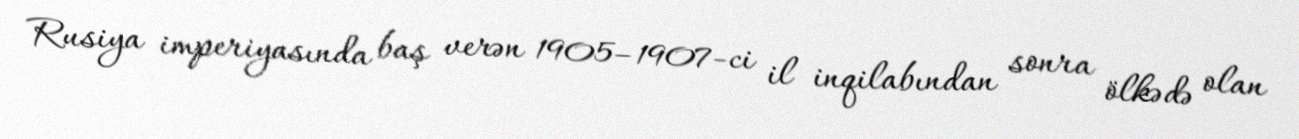
Rusiya imperiyasında baş verən 1905–1907-ci il inqilabından sonra ölkədə olan